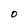
Character: O